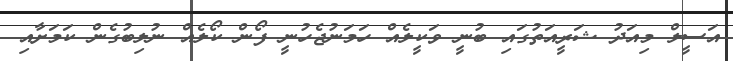
އަސީލް މިއަދު ޝަރީއަތުގައި ބުނީ ވަކީލެއް ހަމަނުޖެހުނީ ފޯން ކޯލެއް ނުލިބުގެން ކަމަށާއި